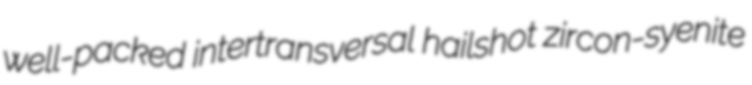
well-packed intertransversal hailshot zircon-syenite